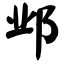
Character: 邺